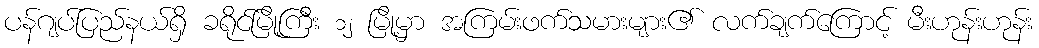
ပန်ဂျပ်ပြည်နယ်ရှိ ခရိုင်မြို့ကြီး ၁၂ မြို့မှာ အကြမ်းဖက်သမားများ၏ လက်ချက်ကြောင့် မီးဟုန်းဟုန်း